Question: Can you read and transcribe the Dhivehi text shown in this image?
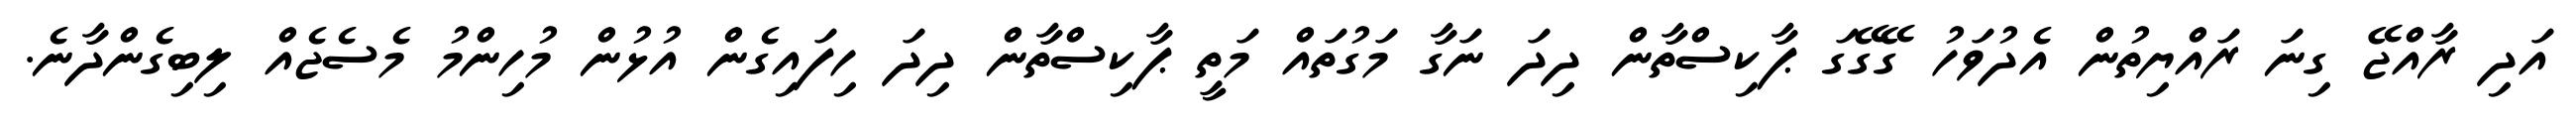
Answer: އަދި ރާއްޖޭ ގިނަ ރައްޔިތުން އެދުވަހު ގޭގޭގަ ޕާކިސްތާން ދިދަ ނަގާ މަގުތައް މަތީ ޕާކިސްތާން ދިދަ ހިފައިގެން އުޅުން މުހިންމު މެސެޖެއް ލިބިގެންދާނެ.